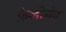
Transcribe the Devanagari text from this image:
फ़ेलीनेव